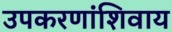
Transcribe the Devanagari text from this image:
उपकरणांशिवाय